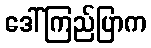
ဒေါ်ကြည်ပြာက